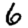
Digit: 6